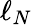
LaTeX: \ell_{N}